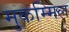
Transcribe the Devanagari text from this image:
मुकम्मिल